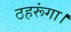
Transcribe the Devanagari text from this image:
ठहरूंगा।